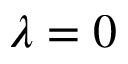
\lambda = 0